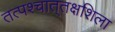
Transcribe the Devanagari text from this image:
तत्पश्‍चात्‌तक्षशिला